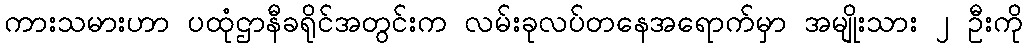
ကားသမားဟာ ပထုံဌာနီခရိုင်အတွင်းက လမ်းခုလပ်တနေအရောက်မှာ အမျိုးသား ၂ ဦးကို